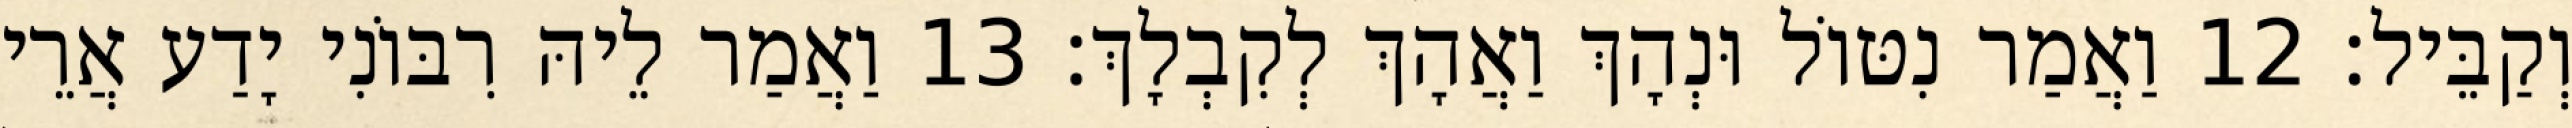
וְקַבֵּיל׃ 12 וַאֲמַר נִטּוֹל וּנְהָךְ וַאֲהָךְ לְקִבְלָךְ׃ 13 וַאֲמַר לֵיהּ רִבּוֹנִי יָדַע אֲרֵי